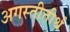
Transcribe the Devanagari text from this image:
अगस्तीतीर्थ